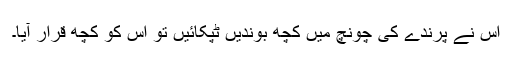
اس نے پرندے کی چونچ میں کچھ بوندیں ٹپکائیں تو اس کو کچھ قرار آیا۔